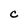
Character: C